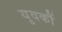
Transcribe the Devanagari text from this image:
युवकौं